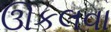
ઊકલવા